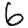
Digit: 6